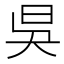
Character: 𣅳